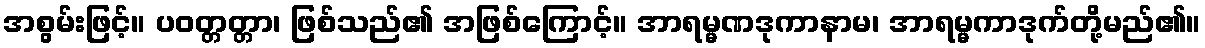
အစွမ်းဖြင့်။ ပဝတ္တတ္တာ၊ ဖြစ်သည်၏ အဖြစ်ကြောင့်။ အာရမ္မဏဒုကာနာမ၊ အာရမ္မကာဒုက်တို့မည်၏။